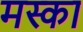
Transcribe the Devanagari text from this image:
मस्का